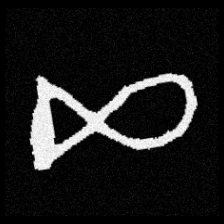
Pyu character \u2014 Myanmar letter: ဆ (romanized: cha)